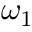
\omega _ { 1 }